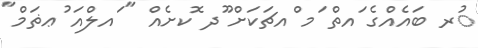
ުރ ބައެއްގެ ައތް ަމ ްއޗަކަށް ޫދ ޮކށެއް " ައލްއަ ުޢޡަމް"